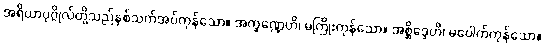
အရိယာပုဂ္ဂိုလ်တို့သည်နှစ်သက်အပ်ကုန်သော။ အက္ခဏ္ဍေဟိ၊ မကြိုးကုန်သော။ အစ္ဆိဒ္ဒေဟိ၊ မပေါက်ကုန်သော။